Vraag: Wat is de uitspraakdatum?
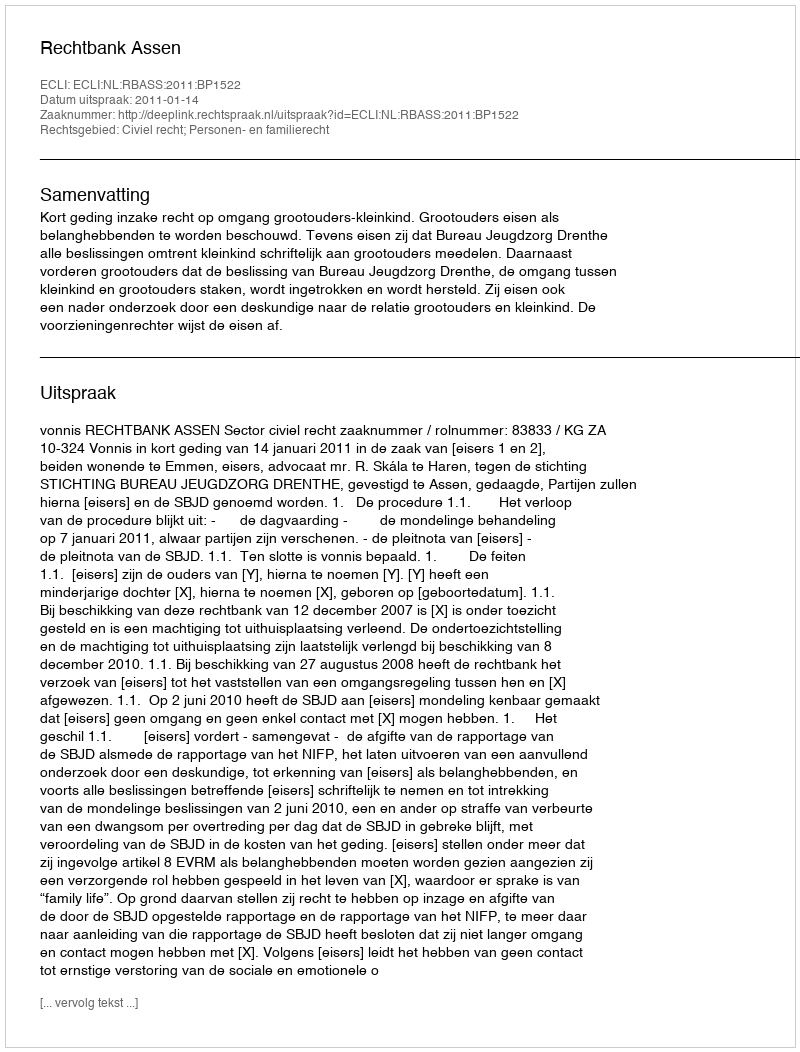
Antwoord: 2011-01-14